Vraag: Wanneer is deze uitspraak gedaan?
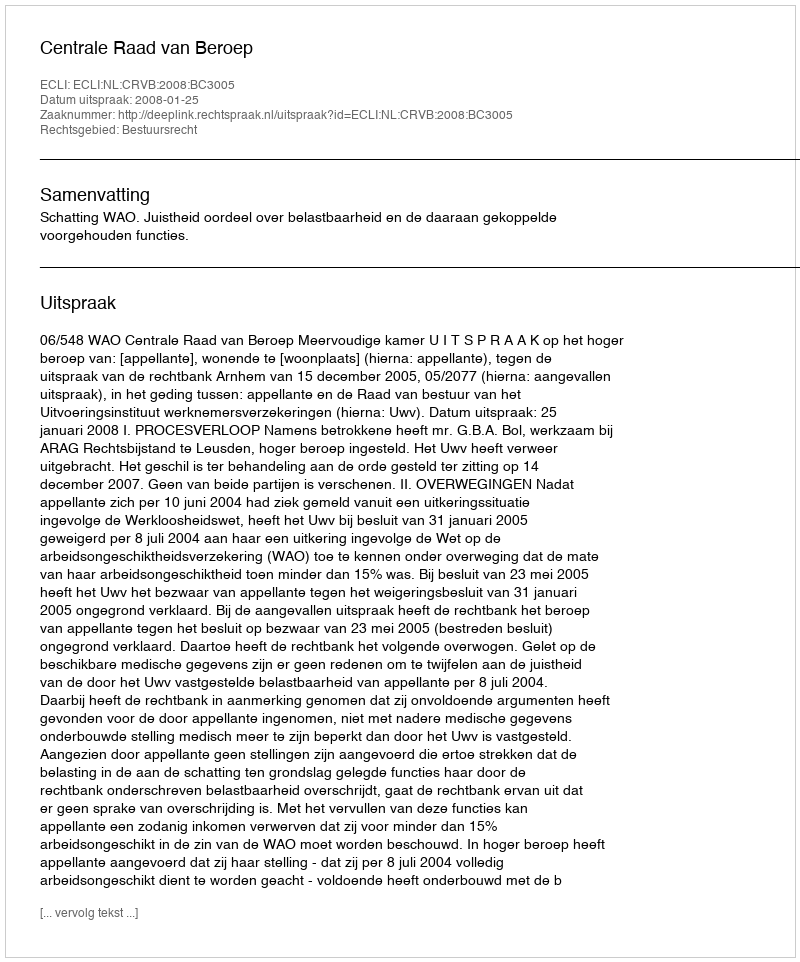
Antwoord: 2008-01-25